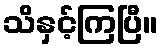
သိနှင့်ကြပြီ။